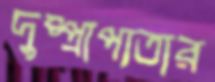
দুষ্প্রাপ্যতার